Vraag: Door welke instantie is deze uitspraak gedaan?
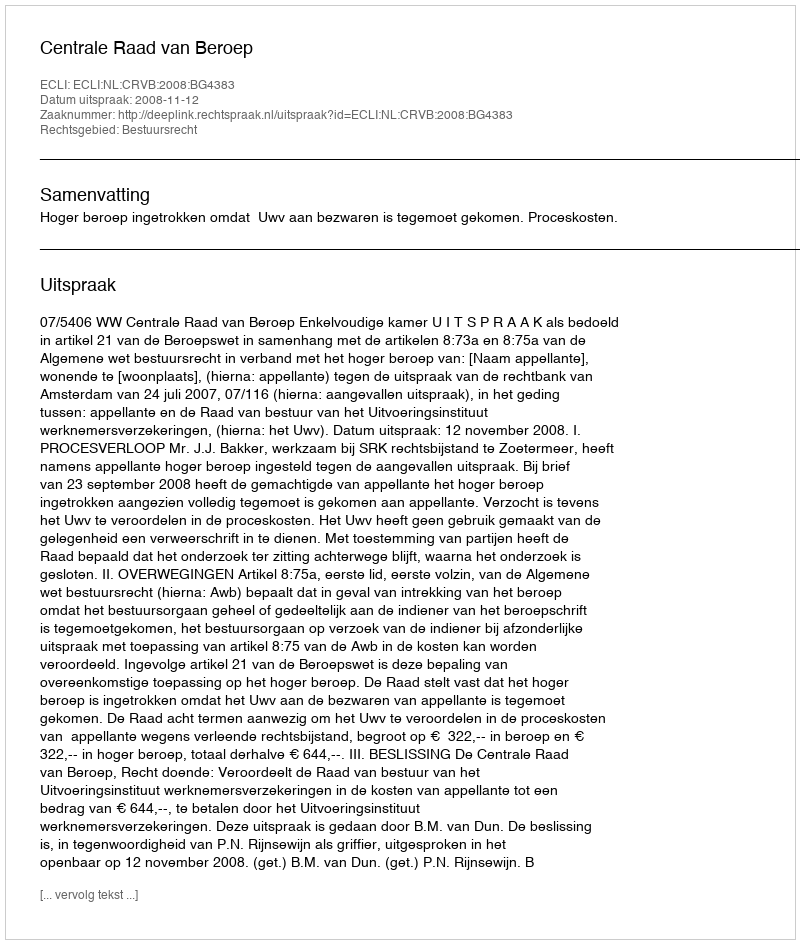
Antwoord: Centrale Raad van Beroep